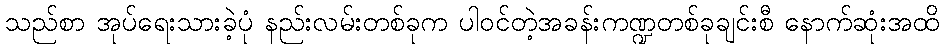
သည်စာ အုပ်ရေးသားခဲ့ပုံ နည်းလမ်းတစ်ခုက ပါဝင်တဲ့အခန်းကဏ္ဍတစ်ခုချင်းစီ နောက်ဆုံးအထိ